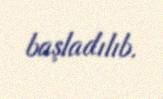
başladılıb.